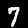
Label: 7